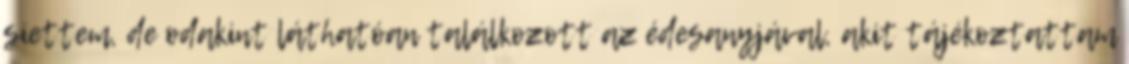
siettem, de odakint láthatóan találkozott az édesanyjával, akit tájékoztattam